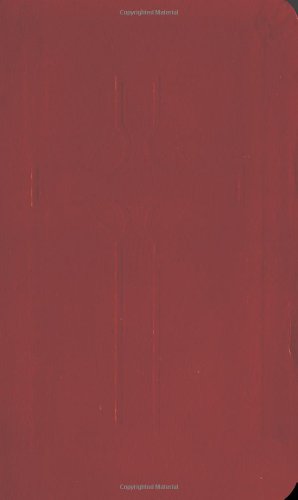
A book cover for Book of Common Worship Daily Prayer; Westminster John Knox Press; Christian Books & Bibles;